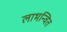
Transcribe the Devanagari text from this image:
लाभन्वित